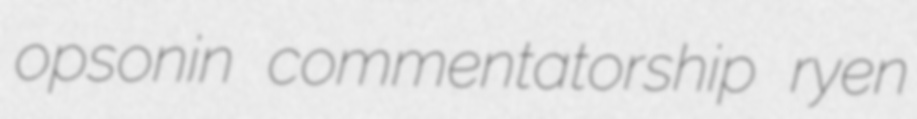
opsonin commentatorship ryen